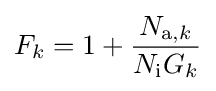
F_{k}=1+{\frac {N_{\mathrm {a} ,k}}{N_{\mathrm {i} }G_{k}}}